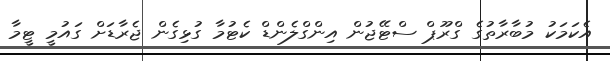
އެކަމަކު މުބާރާތުގެ ގްރޫޕް ސްޓޭޖުން އިންގްލެންޑް ކެޓުމާ ގުޅިގެން ޖެރާޑަށް ގައުމީ ޓީމާ